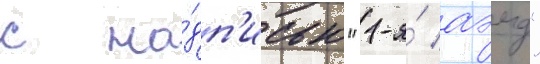
с на́дп'исью "1-я́ аэмд"